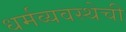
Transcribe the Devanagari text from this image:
धर्मव्यवस्थेची